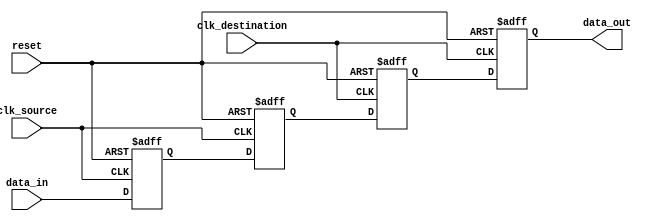
module four_flop_synchronizer (
    input wire clk_source,
    input wire clk_destination,
    input wire reset,
    input wire data_in,
    output reg data_out
);
    
reg [3:0] flop1, flop2, flop3, flop4;

always @ (posedge clk_source or posedge reset) begin
    if (reset) begin
        flop1 <= 1'b0;
        flop2 <= 1'b0;
    end else begin
        flop1 <= data_in;
        flop2 <= flop1;
    end
end

always @ (posedge clk_destination or posedge reset) begin
    if (reset) begin
        flop3 <= 1'b0;
        flop4 <= 1'b0;
    end else begin
        flop3 <= flop2;
        flop4 <= flop3;
    end
end

assign data_out = flop4;

endmodule